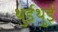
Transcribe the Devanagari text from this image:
थुईथुई